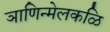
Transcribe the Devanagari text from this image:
ञाणिन्मेलकळि